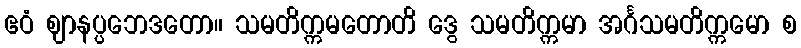
ဧဝံ ဈာနပ္ပဘေဒတော။ သမတိက္ကမတောတိ ဒွေ သမတိက္ကမာ အင်္ဂသမတိက္ကမော စ